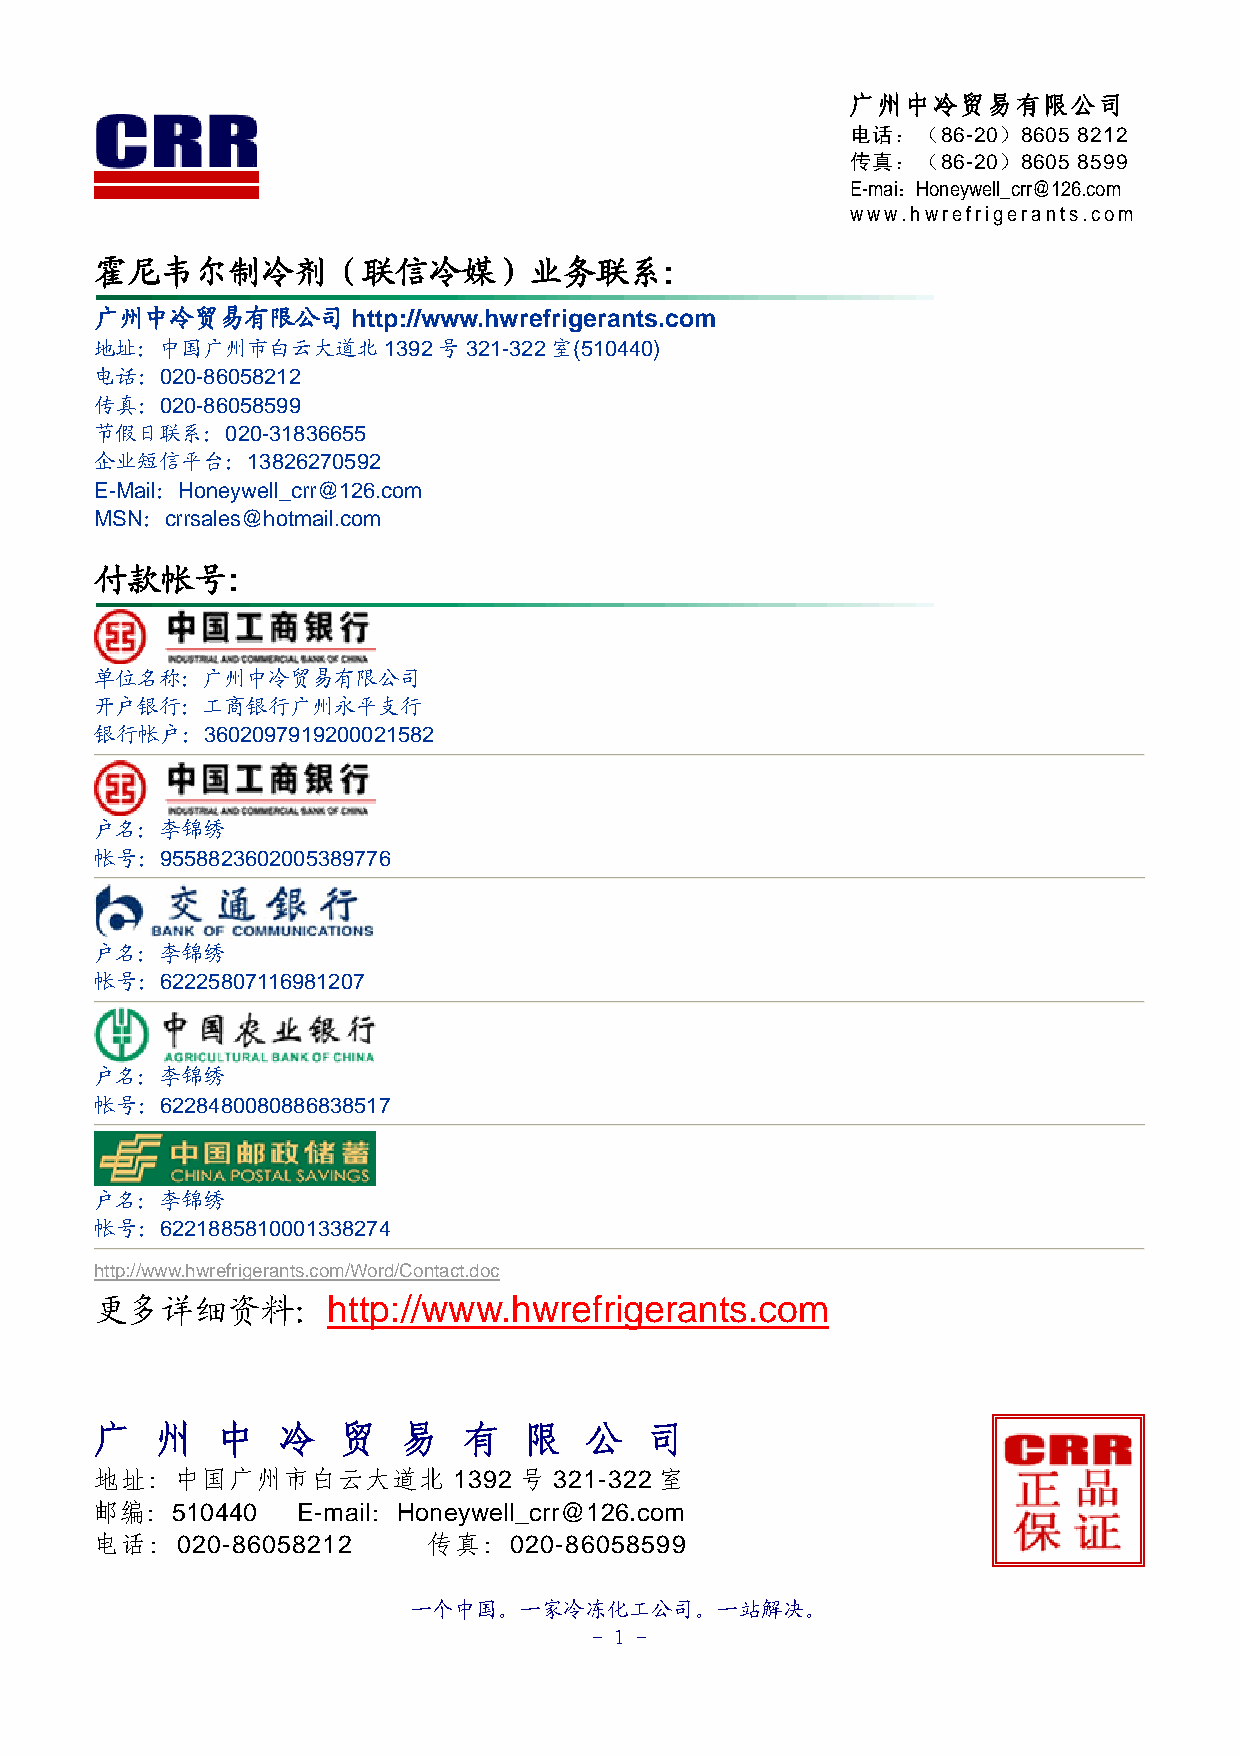
广州中冷贸易有限公司
 电话：（86-20）8605 8212
 传真：（86-20）8605 8599
 E-mai：Honeywell_crr@126.com
 www.hwrefrigerants.com
 霍尼韦尔制冷剂（联信冷媒）业务联系:
 广州中冷贸易有限公司       http://www.hwrefrigerants.com
 地址：中国广州市白云大道北1392号321-322室(510440)
 电话：020-86058212
 传真：020-86058599
 节假日联系：020-31836655
 企业短信平台：13826270592
 E-Mail：Honeywell_crr@126.com
 MSN：crrsales@hotmail.com
 付款帐号:
 单位名称：广州中冷贸易有限公司
 开户银行：工商银行广州永平支行
 银行帐户：3602097919200021582
 户名：李锦绣
 帐号：9558823602005389776
 户名：李锦绣
 帐号：62225807116981207
 户名：李锦绣
 帐号：6228480080886838517
 户名：李锦绣
 帐号：6221885810001338274
 http://www.hwrefrigerants.com/Word/Contact.doc
 更多详细资料：http://www.hwrefrigerants.com
 广   州   中   冷   贸    易   有   限   公   司
 地址：中国广州市白云大道北           1392 号 321-322 室
 邮编：510440     E-mail：Honeywell_crr@126.com
 电话：020-86058212       传真：020-86058599
 一个中国。一家冷冻化工公司。一站解决。
 - 1 -